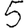
Digit: 5